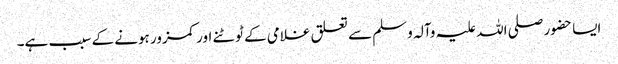
ایسا حضور صلی اللہ علیہ وآلہ وسلم سے تعلق غلامی کے ٹوٹنے اور کمزور ہونے کے سبب ہے۔